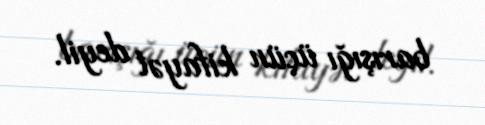
barışığı üçün kifayət deyil.